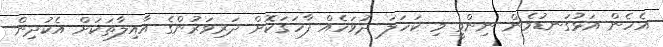
އެހެން އަޅުގަނޑުމެން ނިންމީ މި ކަހަލަ ދުވަހެއް ފާހަގަކޮށް ދަރިވަރުންގެ އާއިލާތަކަށް އެކުދިން